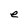
Character: e